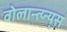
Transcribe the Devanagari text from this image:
वोलान्त्य्न्य्स